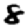
Digit: 8